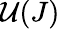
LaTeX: \mathcal{U}(J)